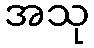
အသု